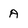
Character: A